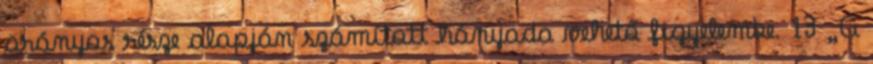
arányos része alapján számított hányada vehető figyelembe. 13 „A